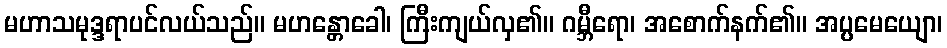
မဟာသမုဒ္ဒရာပင်လယ်သည်။ မဟန္တောခေါ၊ ကြီးကျယ်လှ၏။ ဂမ္ဘီရော၊ အစောက်နက်၏။ အပ္ပမေယျော၊